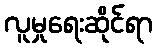
လူမှုရေးဆိုင်ရာ